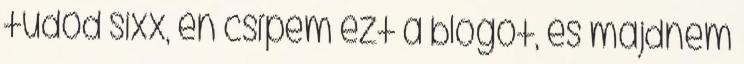
tudod sixx, én csípem ezt a blogot, és majdnem